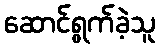
ဆောင်ရွက်ခဲ့သူ